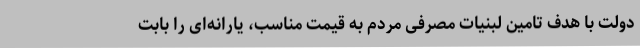
دولت با هدف تامین لبنیات مصرفی مردم به قیمت ‌مناسب، یارانه‌ای را بابت